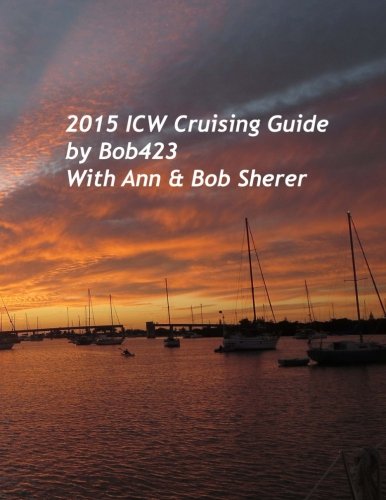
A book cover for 2015 ICW Cruising Guide: A guide to navigating the Atlantic Intracoastal Waterway with charts of over 140 hazard areas and their safe navigation along ... trips from New York to Key West - Bob423; Bob423; Sports & Outdoors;